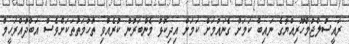
ރައީސުލްޖުމްހޫރިއްޔާގެ ނައިބް ކަމަށް ގެނައުމަށް ކަަމަށް އިދިކޮޅު މެންބަރުން ކުރެއްވި ތުހުމަތުތަކަށްވެސް އަބްދުއްރަހީމް